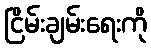
ငြိမ်းချမ်းရေးကို